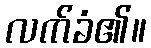
လက်ခံ၏။